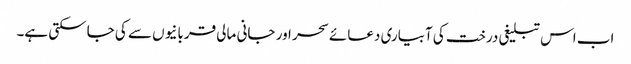
اب اس تبلیغی درخت کی آبیاری دعائے سحر اور جانی مالی قربانیوں سے کی جاسکتی ہے۔